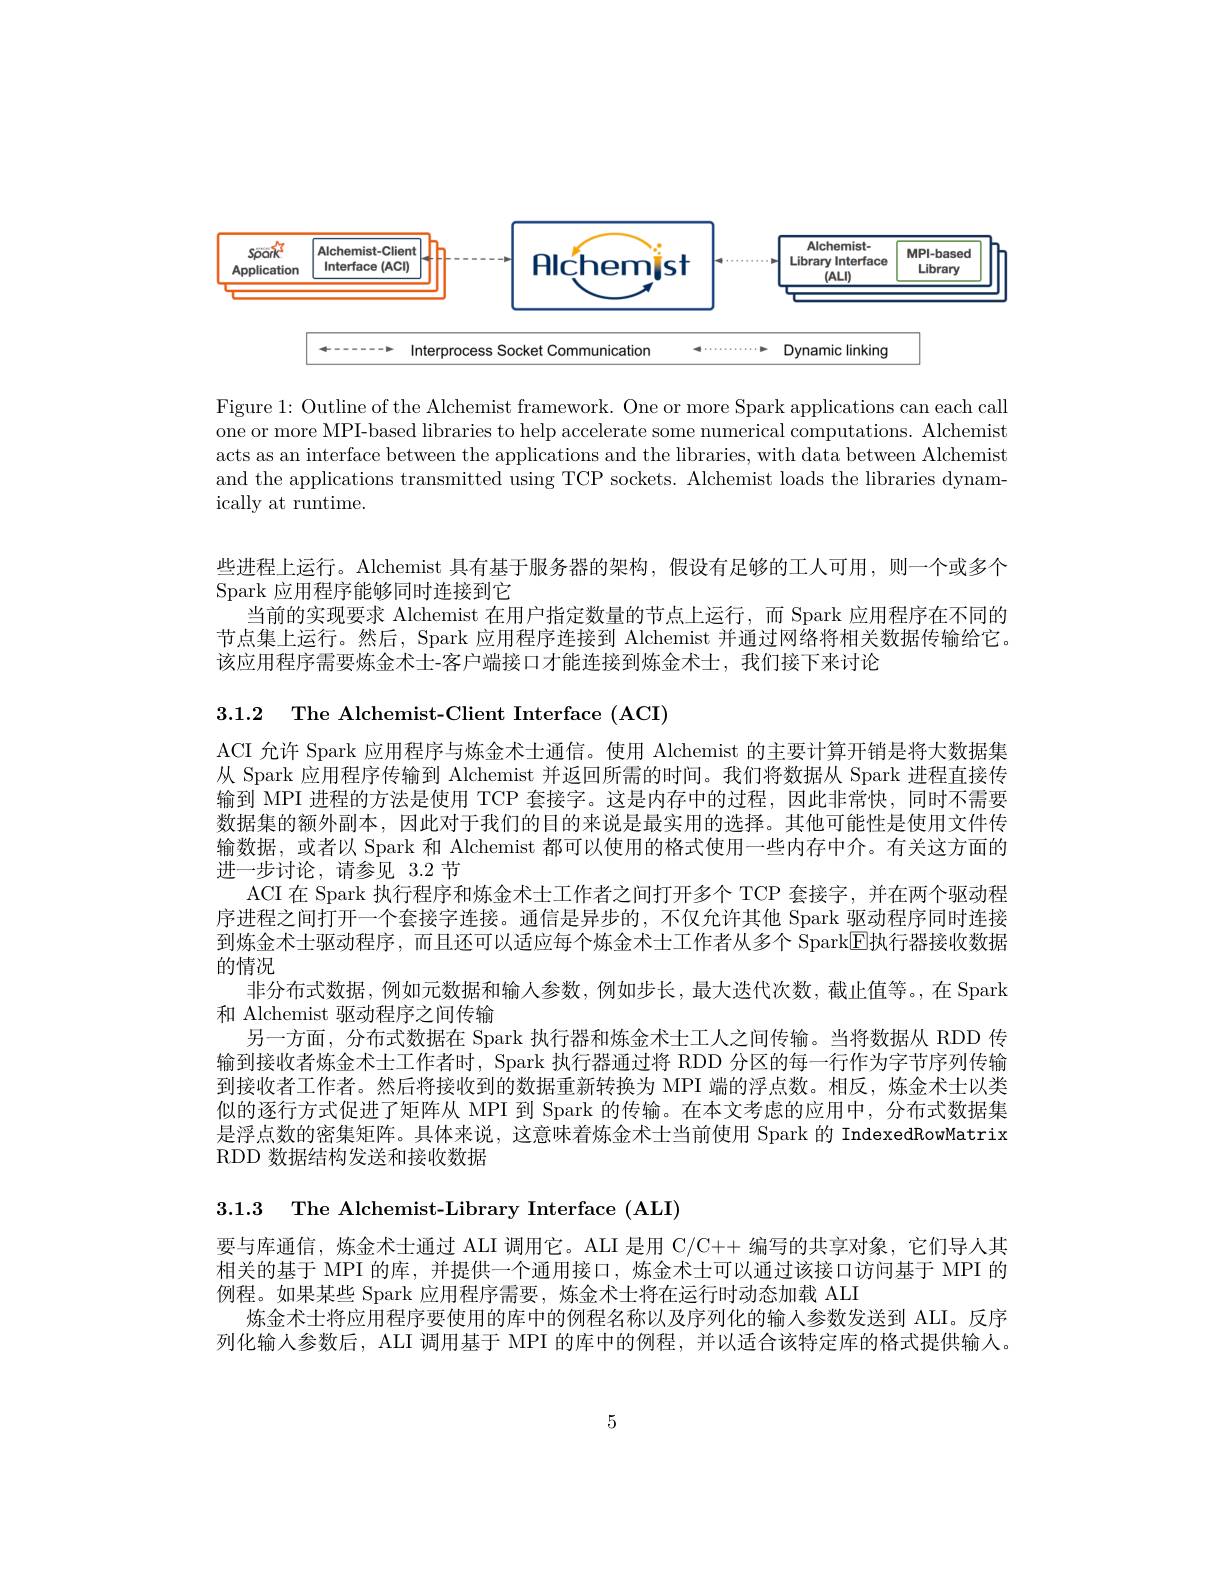
<FigureHere>

Figure 1: Outline of the Alchemist framework. One or more Spark applications can each call one or more MPI-based libraries to help accelerate some numerical computations. Alchemist acts as an interface between the applications and the libraries, with data between Alchemist and the applications transmitted using TCP sockets. Alchemist loads the libraries dynamically at runtime.

些进程上运行。Alchemist 具有基于服务器的架构，假设有足够的工人可用，则一个或多个
Spark 应用程序能够同时连接到它
当前的实现要求 Alchemist 在用户指定数量的节点上运行，而 Spark 应用程序在不同的节点集上运行。然后，Spark 应用程序连接到 Alchemist 并通过网络将相关数据传输给它。该应用程序需要炼金术士-客户端接口才能连接到炼金术士，我们接下来讨论

3.1.2 The Alchemist-Client Interface (ACI)
ACI 允许 Spark 应用程序与炼金术士通信。使用 Alchemist 的主要计算开销是将大数据集从 Spark 应用程序传输到 Alchemist 并返回所需的时间。我们将数据从 Spark 进程直接传输到 MPI 进程的方法是使用 TCP 套接字。这是内存中的过程，因此非常快，同时不需要数据集的额外副本，因此对于我们的目的来说是最实用的选择。其他可能性是使用文件传输数据，或者以 Spark 和 Alchemist 都可以使用的格式使用一些内存中介。有关这方面的进一步讨论，请参见 3.2 节
ACI 在 Spark 执行程序和炼金术士工作者之间打开多个 TCP 套接字，并在两个驱动程序进程之间打开一个套接字连接。通信是异步的，不仅允许其他 Spark 驱动程序同时连接到炼金术士驱动程序，而且还可以适应每个炼金术土工作者从多个 SparkE执行器接收数据的情况
非分布式数据，例如元数据和输入参数，例如步长，最大迭代次数，截止值等。在 Spark
和 Alchemist 驱动程序之间传输
另一方面，分布式数据在 Spark 执行器和炼金术士工人之间传输。当将数据从 RDD 传输到接收者炼金术士工作者时，Spark 执行器通过将 RDD 分区的每一行作为字节序列传输到接收者工作者。然后将接收到的数据重新转换为 MPI 端的浮点数。相反，炼金术士以类似的逐行方式促进了矩阵从 MPI 到 Spark 的传输。在本文考虑的应用中，分布式数据集是浮点数的密集矩阵。具体来说，这意味着炼金术士当前使用 Spark 的 IndexedRowMatrix RDD 数据结构发送和接收数据

3.1.3 The Alchemist-Library Interface (ALI)

要与库通信，炼金术士通过 ALI 调用它。ALI 是用 C/C++ 编写的共享对象，它们导人其相关的基于 MPI 的库，并提供一个通用接口，炼金术士可以通过该接口访问基于 MPI 的例程。如果某些 Spark 应用程序需要，炼金术士将在运行时动态加载 ALI
炼金术士将应用程序要使用的库中的例程名称以及序列化的输入参数发送到 ALI。反序列化输人参数后，ALI 调用基于 MPI 的库中的例程，并以适合该特定库的格式提供输入。

5